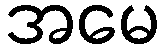
အမေ